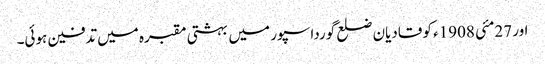
اور 27مئی 1908ء کو قادیان ضلع گورداسپور میں بہشتی مقبرہ میں تدفین ہوئی۔